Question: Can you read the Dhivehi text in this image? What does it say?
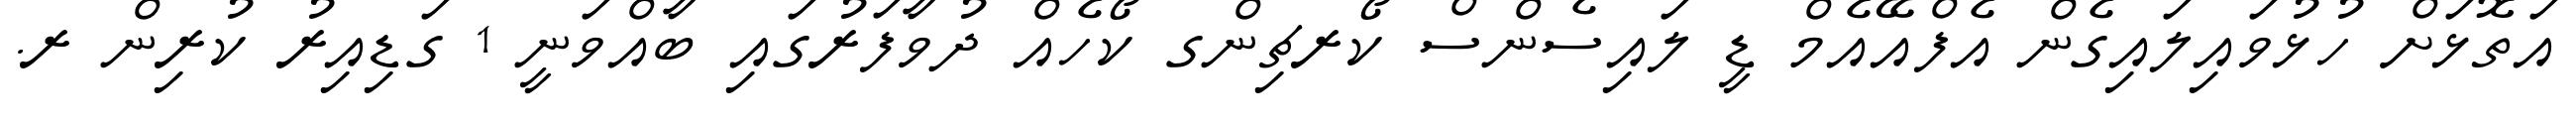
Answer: އަތޮޅަށް ހުޅުވައިލައިގެން އެފްއޭއެމް ޑީ ލައިސެންސް ކޯރޗިންގ ކޯހެއް ދުވާފަރުގައި ބާއްވަނީ 1 ގަޑިއިރު ކުރިން ރ.